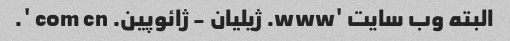
البته وب سایت 'www. ژیلیان - ژائوپین. com cn '.